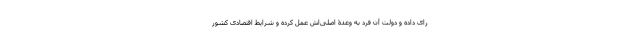
رای داده و دولت آن فرد به وعدۀ اصلی‌اش عمل کرده و شرایط اقتصادی کشور